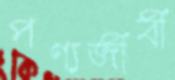
পণ্যজীবী